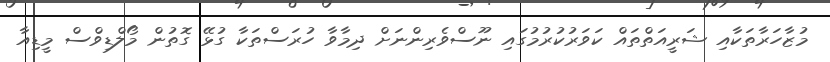
މުޒާހަރާތަކާއި ޝަރީއަތްތައް ކަވަރުކުރުމުގައި ނޫސްވެރިންނަށް ދިމާވާ ހުރަސްތަކާ ގުޅޭ ގޮތުން މޯލްޑިވްސް މީޑިއާ